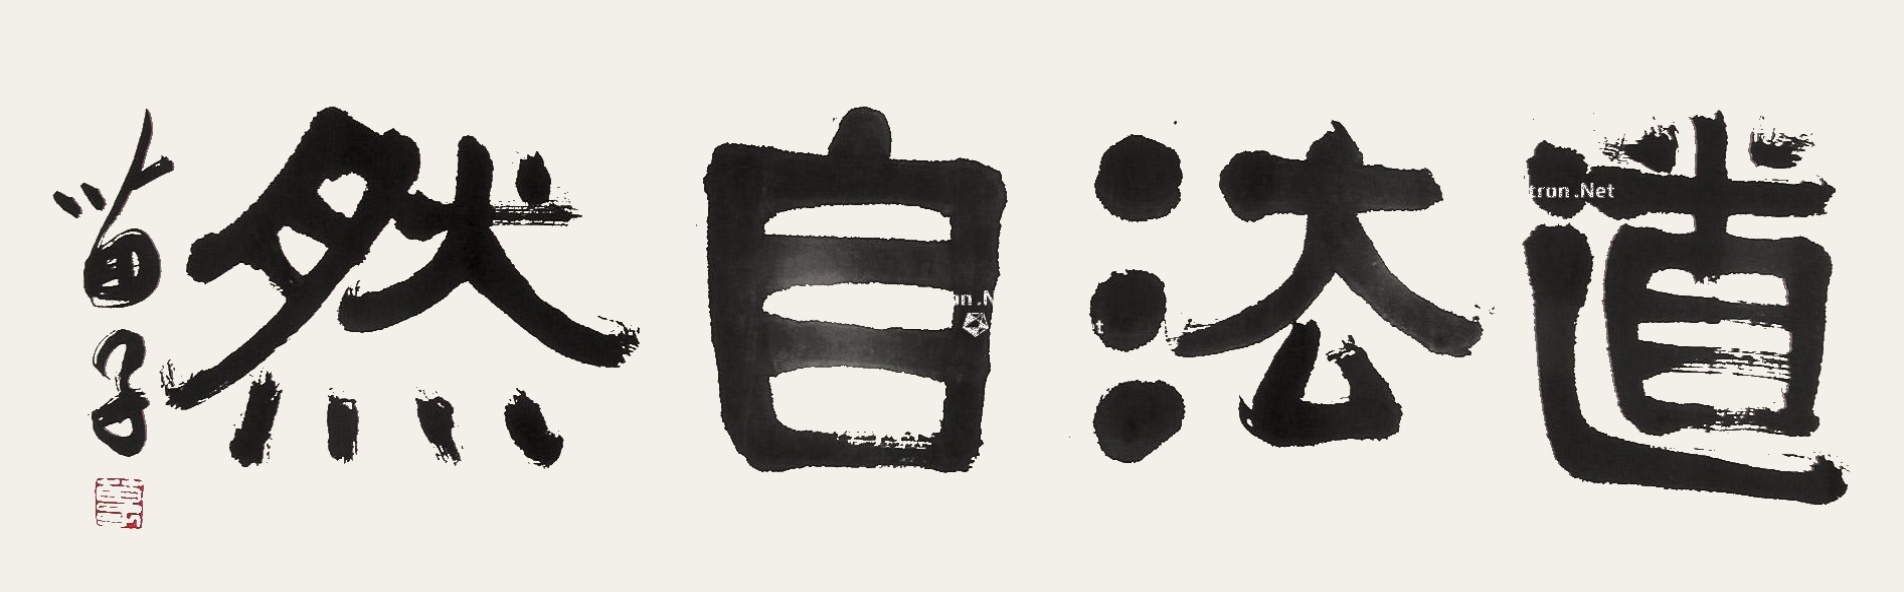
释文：道法自然黄苗子